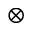
\otimes